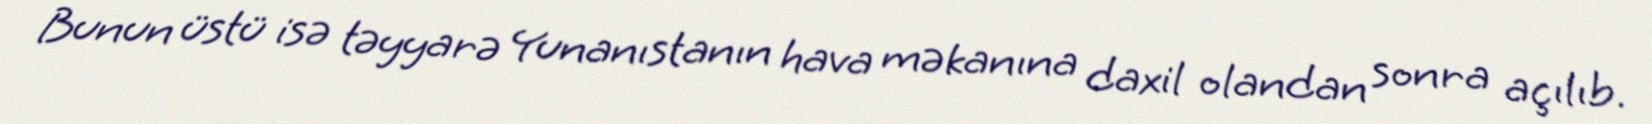
Bunun üstü isə təyyarə Yunanıstanın hava məkanına daxil olandan sonra açılıb.